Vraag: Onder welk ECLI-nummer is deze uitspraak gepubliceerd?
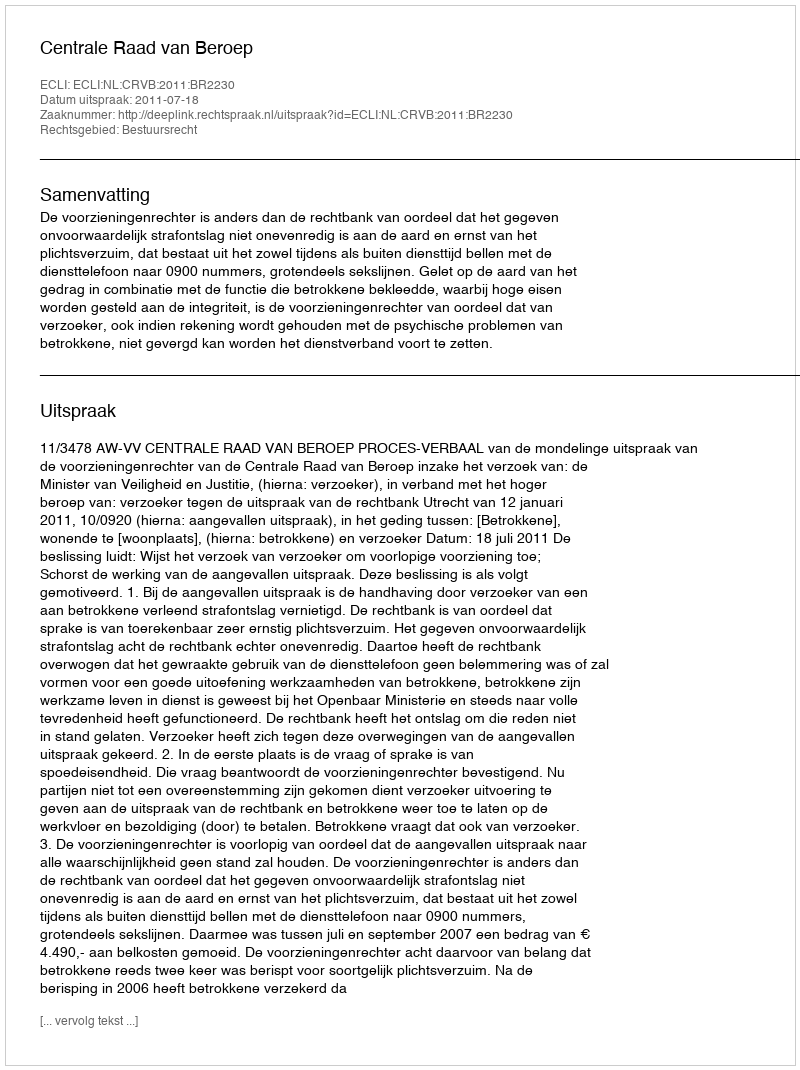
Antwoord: ECLI:NL:CRVB:2011:BR2230